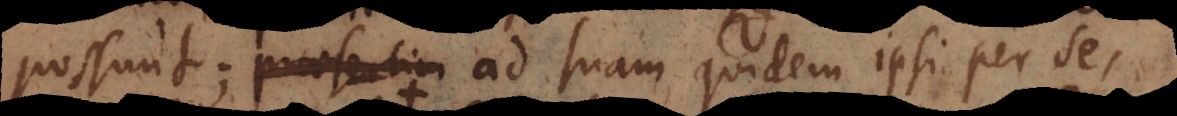
possunt; Praesertim ad suam quidem ipsi per se